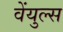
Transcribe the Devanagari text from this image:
वेंयुल्स